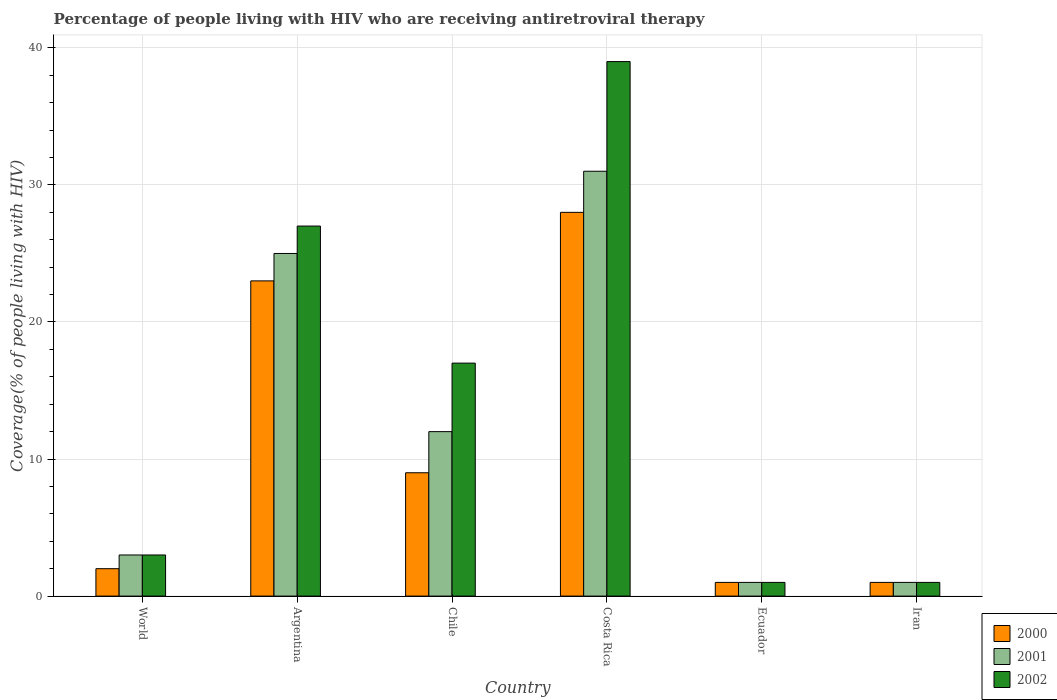
| Country | 2000 | 2001 | 2002 |
 | --- | --- | --- | --- |
 | World | 2 | 3 | 3 |
 | Argentina | 23 | 25 | 27 |
 | Chile | 9 | 12 | 17 |
 | Costa Rica | 28 | 31 | 39 |
 | Ecuador | 1 | 1 | 1 |
 | Iran | 1 | 1 | 1 |